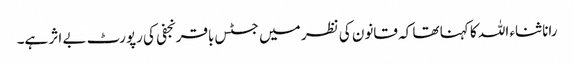
رانا ثناء اللہ کا کہنا تھا کہ قانون کی نظر میں جسٹس باقر نجفی کی رپورٹ بے اثر ہے۔